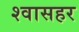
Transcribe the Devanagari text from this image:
श्वासहर